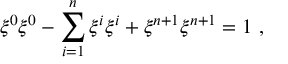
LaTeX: \xi ^ { 0 } \xi ^ { 0 } - \sum _ { i = 1 } ^ { n } \xi ^ { i } \xi ^ { i } + \xi ^ { n + 1 } \xi ^ { n + 1 } = 1 ~ ,